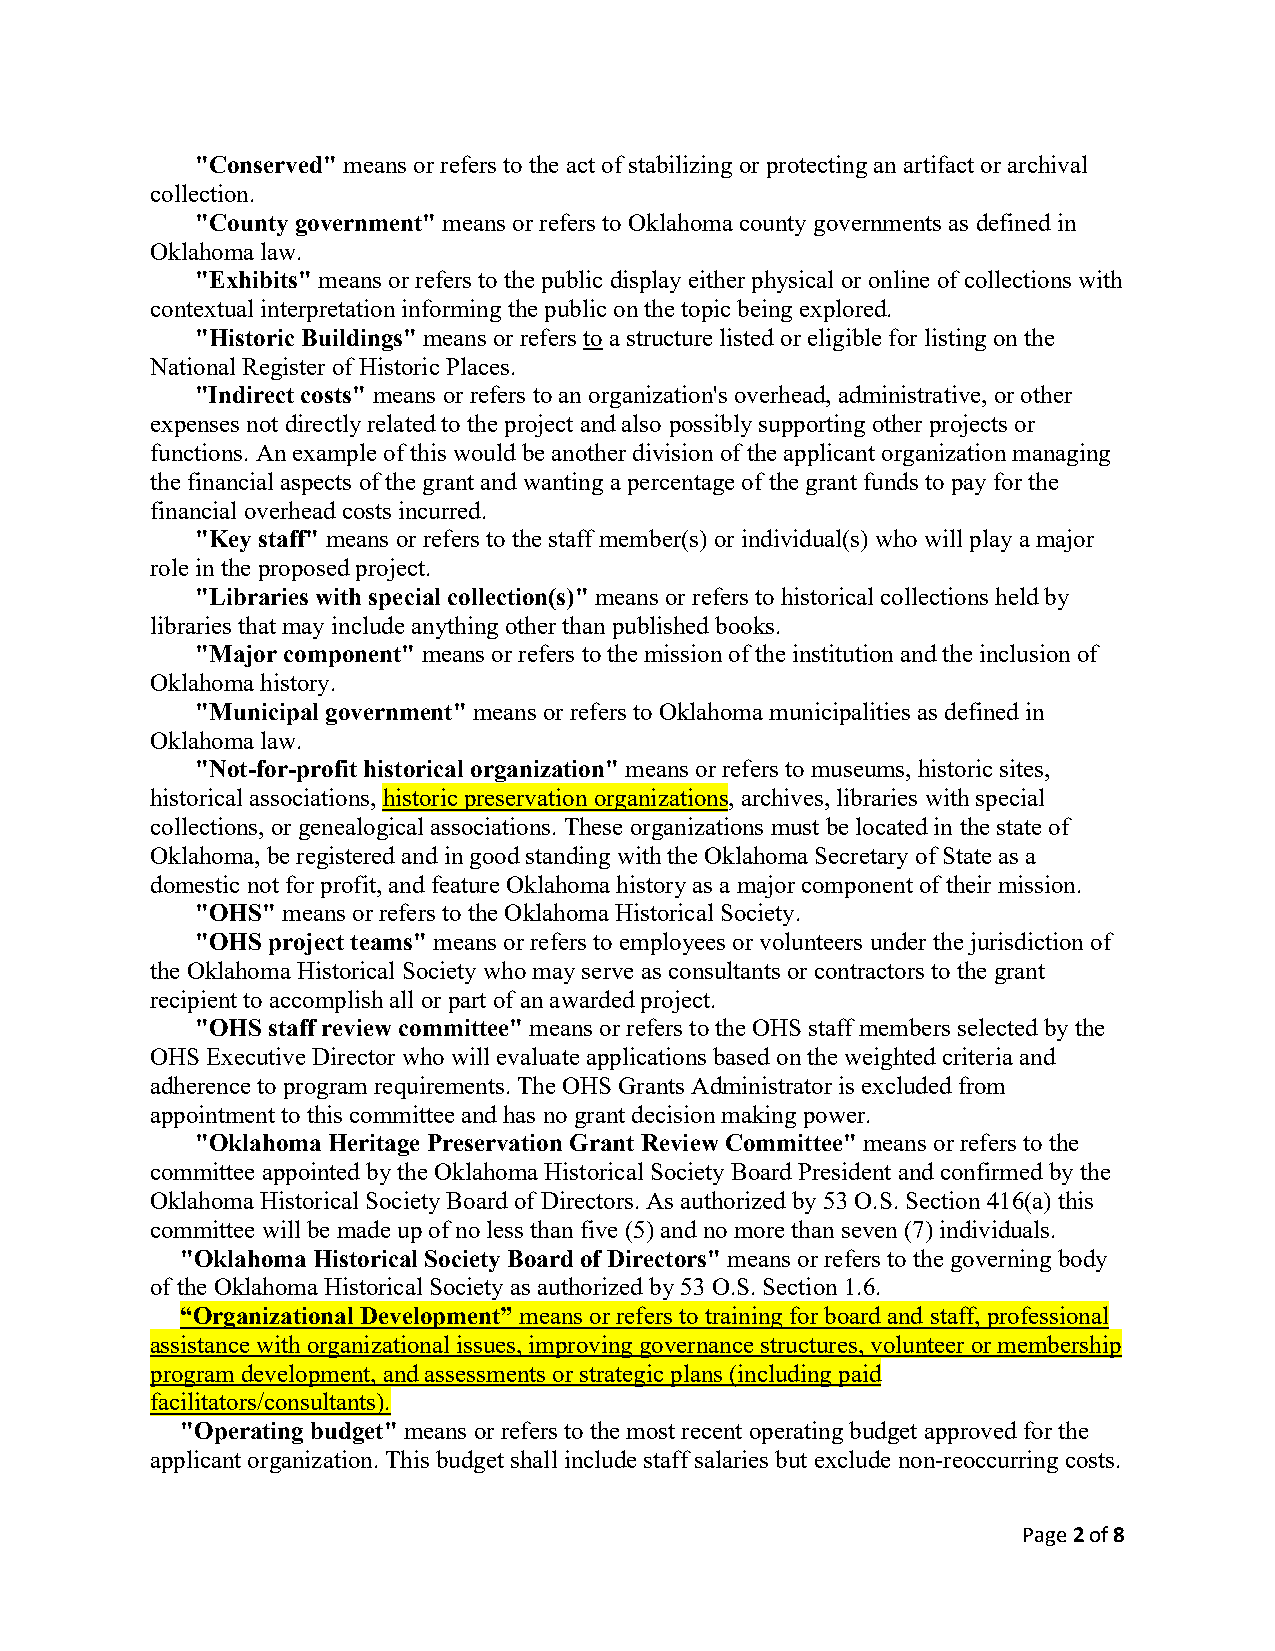
"Conserved" means or refers to the act of stabilizing or protecting an artifact or archival
 collection.
 "County government" means or refers to Oklahoma county governments as defined in
 Oklahoma law.
 "Exhibits" means or refers to the public display either physical or online of collections with
 contextual interpretation informing the public on the topic being explored.
 "Historic Buildings" means or refers to a structure listed or eligible for listing on the
 National Register of Historic Places.
 "Indirect costs" means or refers to an organization's overhead, administrative, or other
 expenses not directly related to the project and also possibly supporting other projects or
 functions. An example of this would be another division of the applicant organization managing
 the financial aspects of the grant and wanting a percentage of the grant funds to pay for the
 financial overhead costs incurred.
 "Key staff" means or refers to the staff member(s) or individual(s) who will play a major
 role in the proposed project.
 "Libraries with special collection(s)" means or refers to historical collections held by
 libraries that may include anything other than published books.
 "Major component" means or refers to the mission of the institution and the inclusion of
 Oklahoma history.
 "Municipal government" means or refers to Oklahoma municipalities as defined in
 Oklahoma law.
 "Not-for-profit historical organization" means or refers to museums, historic sites,
 historical associations, historic preservation organizations, archives, libraries with special
 collections, or genealogical associations. These organizations must be located in the state of
 Oklahoma, be registered and in good standing with the Oklahoma Secretary of State as a
 domestic not for profit, and feature Oklahoma history as a major component of their mission.
 "OHS" means or refers to the Oklahoma Historical Society.
 "OHS project teams" means or refers to employees or volunteers under the jurisdiction of
 the Oklahoma Historical Society who may serve as consultants or contractors to the grant
 recipient to accomplish all or part of an awarded project.
 "OHS staff review committee" means or refers to the OHS staff members selected by the
 OHS Executive Director who will evaluate applications based on the weighted criteria and
 adherence to program requirements. The OHS Grants Administrator is excluded from
 appointment to this committee and has no grant decision making power.
 "Oklahoma Heritage Preservation Grant Review Committee" means or refers to the
 committee appointed by the Oklahoma Historical Society Board President and confirmed by the
 Oklahoma Historical Society Board of Directors. As authorized by 53 O.S. Section 416(a) this
 committee will be made up of no less than five (5) and no more than seven (7) individuals.
 "Oklahoma Historical Society Board of Directors" means or refers to the governing body
 of the Oklahoma Historical Society as authorized by 53 O.S. Section 1.6.
 “Organizational Development” means or refers to training for board and staff, professional
 assistance with organizational issues, improving governance structures, volunteer or membership
 program development, and assessments or strategic plans (including paid
 facilitators/consultants).
 "Operating budget" means or refers to the most recent operating budget approved for the
 applicant organization. This budget shall include staff salaries but exclude non-reoccurring costs.
 Page 2 of 8